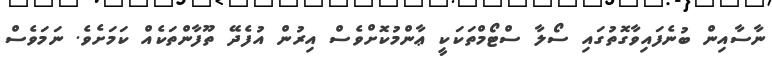
ނާސާއިން ބުނެފައިވާގޮތުގައި ސޯލާ ސްޓޯމްތަކަކީ ޢާންމުކޮށްވެސް އިރުން އުފެދޭ ތޫފާންތަކެއް ކަމަށެވެ. ނަމަވެސް